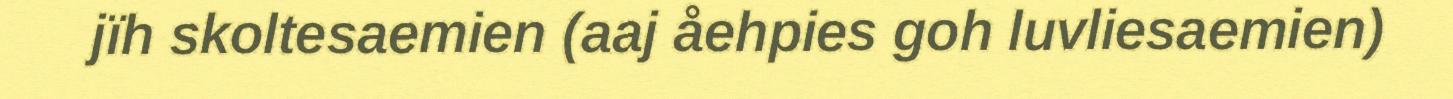
jïh skoltesaemien (aaj åehpies goh luvliesaemien)